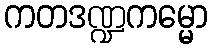
ကတဒဏ္ဍကမ္မော